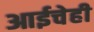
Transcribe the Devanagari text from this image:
आईचेही